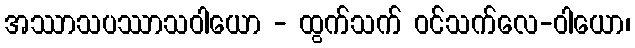
အဿာသပဿာသဝါယော - ထွက်သက် ဝင်သက်လေ-ဝါယော၊